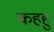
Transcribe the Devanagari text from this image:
कहहु